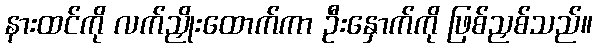
နားထင်ကို လက်ညှိုးထောက်ကာ ဦးနှောက်ကို ဖြစ်ညှစ်သည်။